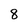
Character: 8